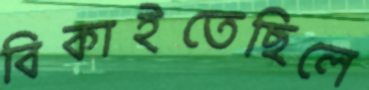
বিকাইতেছিলে